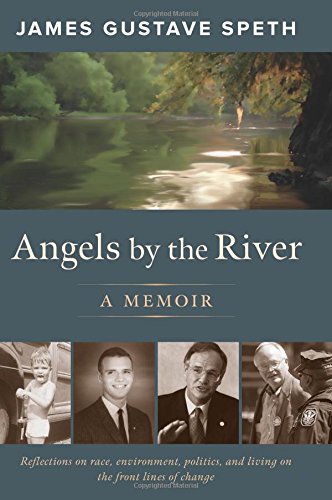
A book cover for Angels by the River: A Memoir; James Gustave Speth; Biographies & Memoirs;